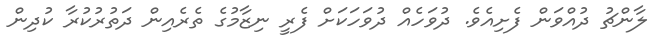
ލާންޗު ދުއްވަން ފެށިއެވެ. ދުވަހެއް ދުވަހަކަށް ފެރީ ނިޒާމުގެ ތެރެއިން ދަތުރުކުރާ ކުދިން